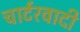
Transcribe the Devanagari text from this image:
चार्टरवादी